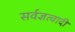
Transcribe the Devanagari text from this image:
सर्वज्ञत्वादी